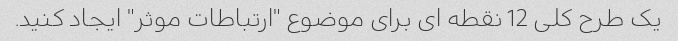
یک طرح کلی 12 نقطه ای برای موضوع "ارتباطات موثر" ایجاد کنید.